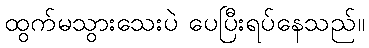
ထွက်မသွားသေးပဲ ပေပြီးရပ်နေသည်။